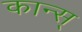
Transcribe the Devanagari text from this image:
कान्स्